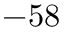
- 5 8